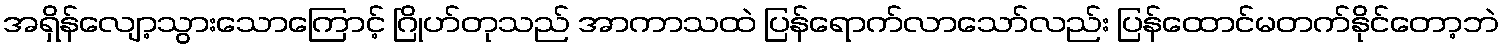
အရှိန်လျော့သွားသောကြောင့် ဂြိုဟ်တုသည် အာကာသထဲ ပြန်ရောက်လာသော်လည်း ပြန်ထောင်မတက်နိုင်တော့ဘဲ